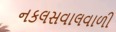
નકલસવાલવાળી